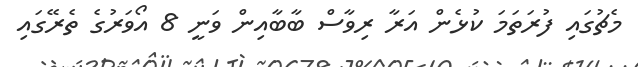
މެޗުގައި ފުރަތަމަ ކުޅެން އަރާ ރިވާސް ބާބާއިން ވަނީ 8 އޯވަރުގެ ތެރޭގައި